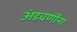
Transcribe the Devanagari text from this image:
अंडचणींना